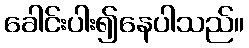
ခေါင်းပါး၍နေပါသည်။